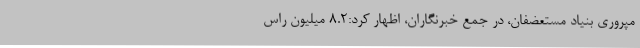
مپروری بنیاد مستعضفان، در جمع خبرنگاران، اظهار کرد:8.2 میلیون راس